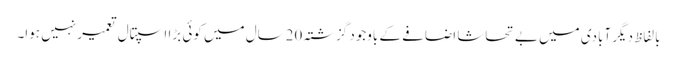
بالفاظ دیگر آبادی میں بے تحاشا اضافے کے باوجود گزشتہ 20سال میں کوئی بڑا اسپتال تعمیر نہیں ہوا۔